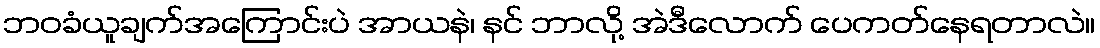
ဘဝခံယူချက်အကြောင်းပဲ အာယနဲ၊ နင် ဘာလို့ အဲဒီလောက် ပေကတ်နေရတာလဲ။